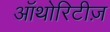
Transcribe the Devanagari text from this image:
ऑथोरिटीज़